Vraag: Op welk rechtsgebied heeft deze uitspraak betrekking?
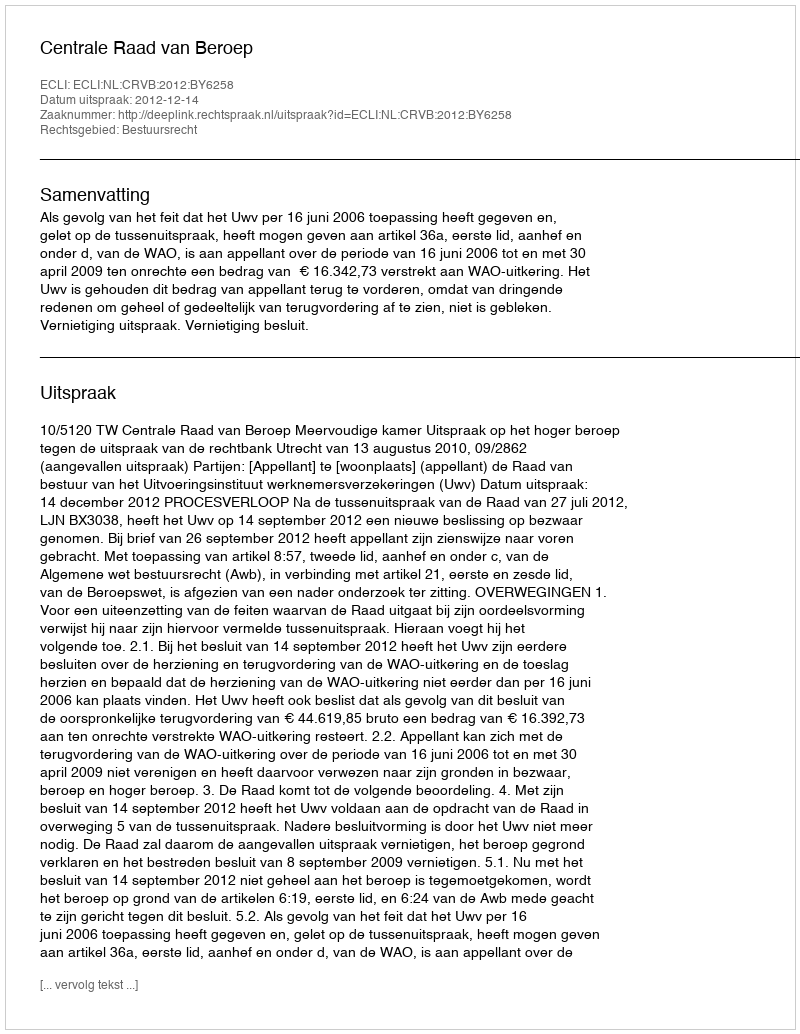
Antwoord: Bestuursrecht